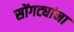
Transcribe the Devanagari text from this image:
सोंगट्यांना